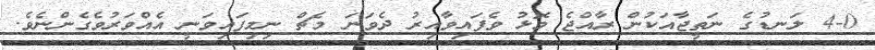
4-0 ލަނޑުގެ ނަތީޖާއަކުން ރާއްޖެ މޮޅު ވެފައިވާއިރު ދެވަނަ މެޗް ނިމިފައިވަނީ އެއްވަރުވެގެންނެވެ.